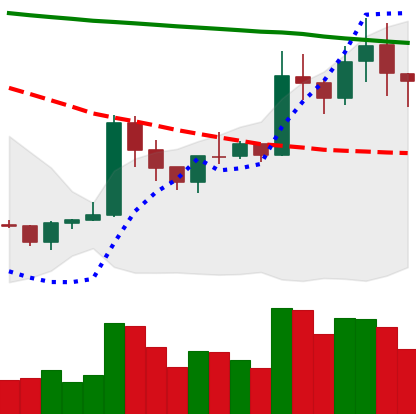
Ticker: XRP-USD
Chart end date: 2020-01-20
Forward return: -5.516%
Label: down_5_7